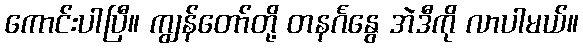
ကောင်းပါပြီ။ ကျွန်တော်တို့ တနင်္ဂနွေ အဲဒီကို လာပါမယ်။